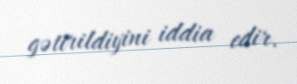
gətirildiyini iddia edir.